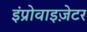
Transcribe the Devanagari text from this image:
इंप्रोवाइज़ेटर